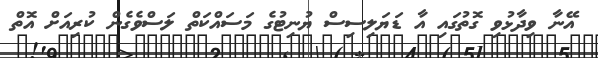
އޭނާ ވިދާޅުވި ގޮތުގައި އާ ޑަޔަލިސިސް ޔުނިޓުގެ މަސައްކަތް ލަސްވެގެން ކުރިއަށް އޮތް